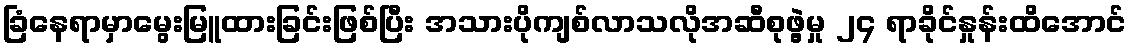
ခြံနေရာမှာမွေးမြူထားခြင်းဖြစ်ပြီး အသားပိုကျစ်လာသလိုအဆီစုဖွဲ့မှု ၂၄ ရာခိုင်နှုန်းထိအောင်